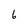
Character: 6